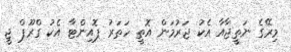
މިރޭގެ ނަތީޖާއާ އެކު ޖަރުމަން އޮތީ ހަތަރު ޕޮއިންޓާ އެކު ގްރޫޕް ޖީ